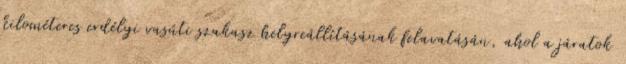
kilométeres erdélyi vasúti szakasz helyreállításának felavatásán, ahol a járatok